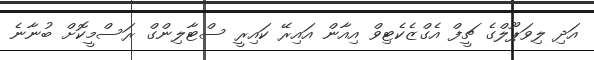
އަދި ލިވަޕޫލްގެ ޗީފް އެގްޒެކެޓިވް އިއާން އައިރޭ ކައިރީ ސްޓާލިންގް ރަސްމީކޮށް ބުނާނެ